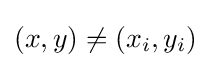
(x,y)\neq (x_{i},y_{i})